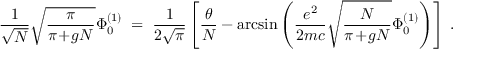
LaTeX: \frac { 1 } { \sqrt { N } } \sqrt { \frac { \pi } { \pi \! + \! g N } } \Phi _ { 0 } ^ { ( 1 ) } \; = \; \frac { 1 } { 2 \sqrt { \pi } } \left[ \frac { \theta } { N } - \arcsin \left( \frac { e ^ { 2 } } { 2 m c } \sqrt { \frac { N } { \pi \! + \! g N } } \Phi _ { 0 } ^ { ( 1 ) } \right) \right] \; .